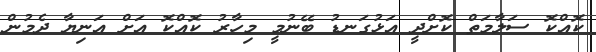
ކޮއްކޮ ސަލާމަތް ކޮށްދީ އަޅުގަނޑު ބޭނުމީ މިހާރު ކޮއްކޮ އަށް އަނިޔާ ދެމުން